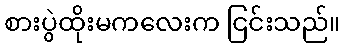
စားပွဲထိုးမကလေးက ငြင်းသည်။